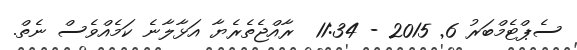
ސެޕްޓެމްބަރު 6